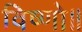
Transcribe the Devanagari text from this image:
विष्णो॥